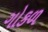
ગોકળ